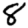
Digit: 8